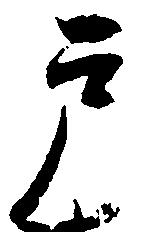
戸